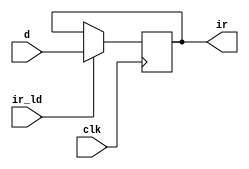
module IR(clk,ir_ld,d,ir);
    input clk,ir_ld;
    input[7:0] d;
    output[7:0] ir;

    reg[7:0] ir;
    
    always @(negedge clk) begin
        if(ir_ld) begin
            ir <= d;
        end
    end
endmodule